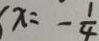
x = - \frac { 1 } { 4 }